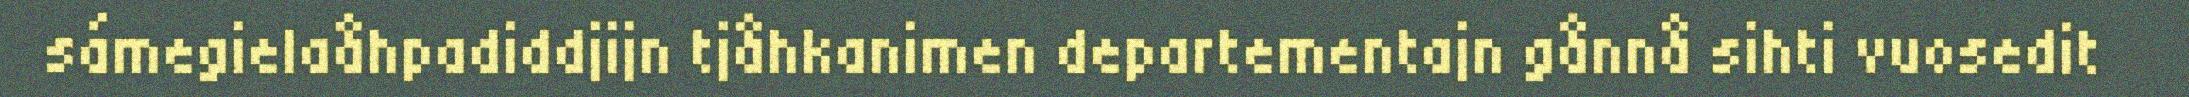
sámegielaåhpadiddjijn tjåhkanimen departementajn gånnå sihti vuosedit